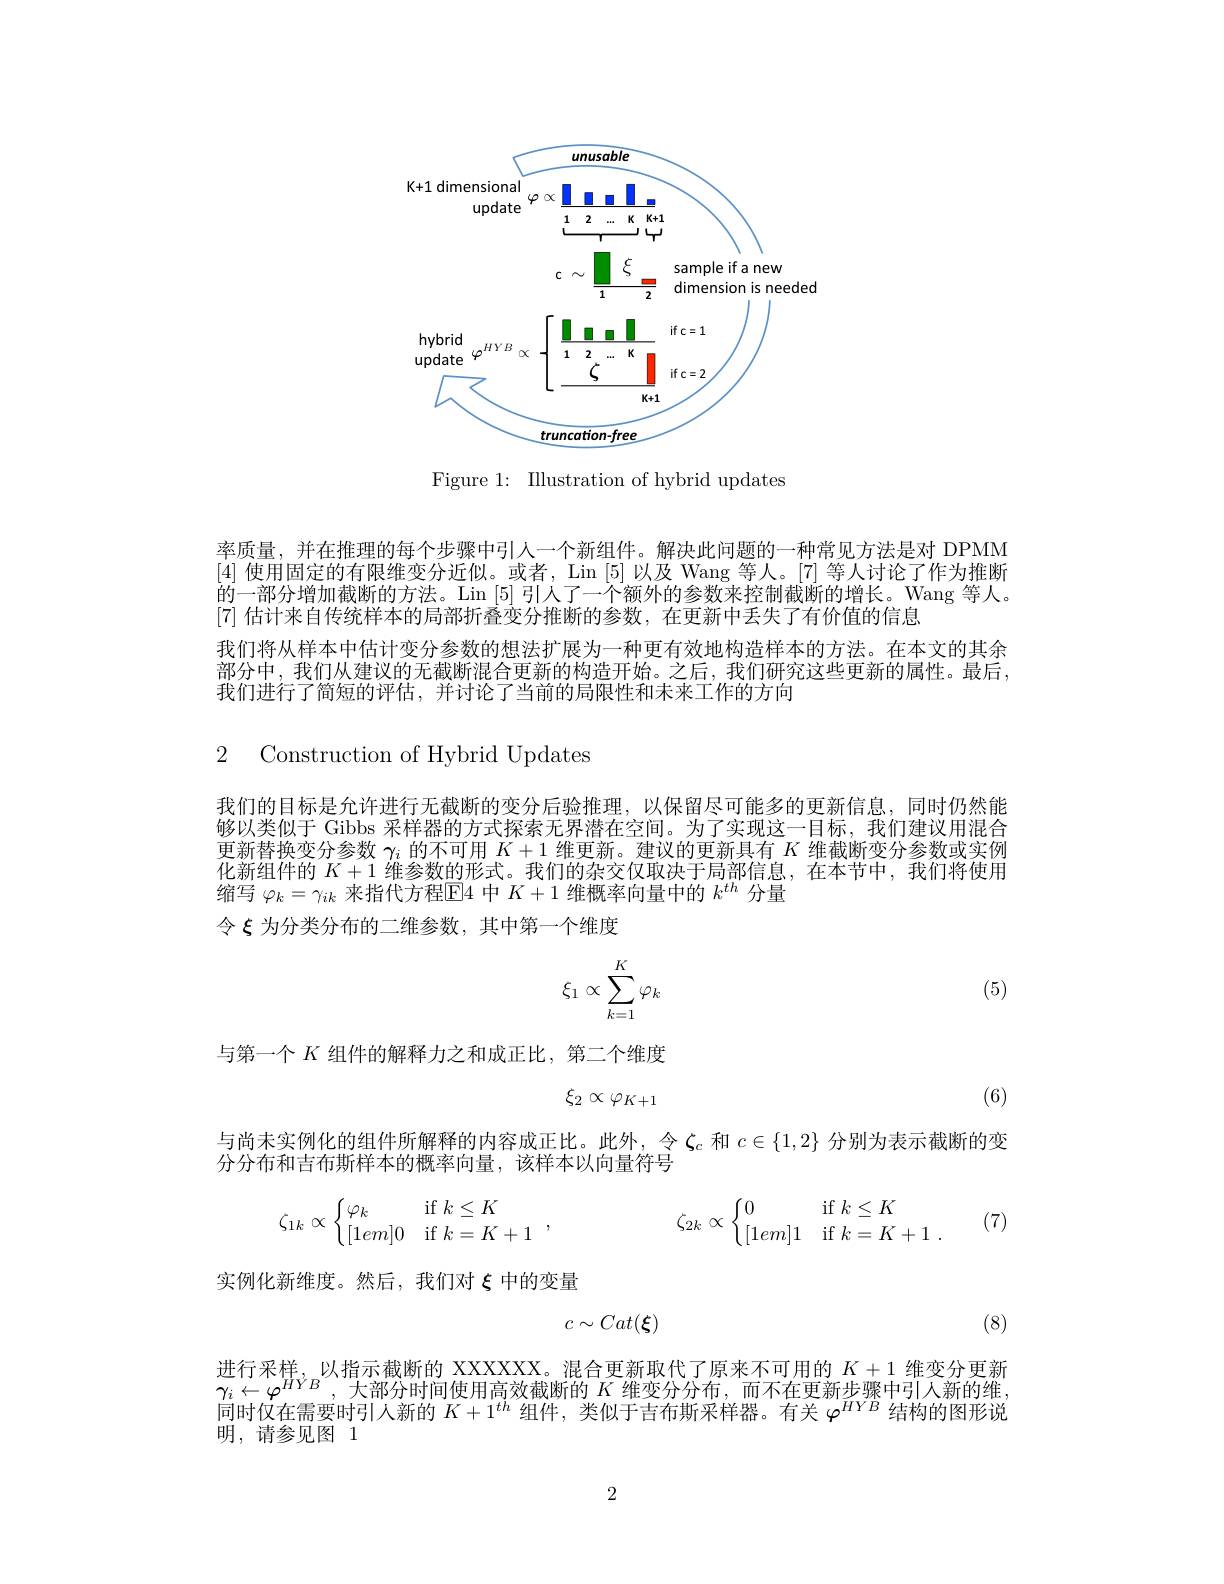
<FigureHere>

Figure 1: Illustration of hybrid updates

率质量，并在推理的每个步骤中引人一个新组件。解决此问题的一种常见方法是对 DPMM [4]使用固定的有限维变分近似。或者，Lin [5]以及 Wang 等人。[7] 等人讨论了作为推断的一部分增加截断的方法。Lin [5] 引人了一个额外的参数来控制截断的增长。Wang 等人。[7]估计来自传统样本的局部折叠变分推断的参数，在更新中丢失了有价值的信息
我们将从样本中估计变分参数的想法扩展为一种更有效地构造样本的方法。在本文的其余部分中，我们从建议的无截断混合更新的构造开始。之后，我们研究这些更新的属性。最后， 我们进行了简短的评估，并讨论了当前的局限性和未来工作的方向

2 Construction of Hybrid Updates

我们的目标是允许进行无截断的变分后验推理，以保留尽可能多的更新信息，同时仍然能够以类似于 Gibbs 采样器的方式探索无界潜在空间。为了实现这一目标，我们建议用混合更新替换变分参数$\gamma_i$的不可用$K+1$维更新。建议的更新具有$K$维截断变分参数或实例化新组件的$K+1$维参数的形式。我们的杂交仅取决于局部信息，在本节中，我们将使用缩写$\varphi_k=\gamma_{ik}$来指代方程$\overline\text{E4 中 }K+1$维概率向量中的$k^th$分量
令$\xi$为分类分布的二维参数，其中第一个维度
$$\xi_1\propto\sum_{k=1}^K\varphi_k$$
(5)

与第一个$K$组件的解释力之和成正比，第二个维度
$$\xi_2\propto\varphi_{K+1}$$
(6)

与尚未实例化的组件所解释的内容成正比。此外，令$\zeta_c$和$c\in\{1,2\}$分别为表示截断的变
分分布和吉布斯样本的概率向量，该样本以向量符号
$$\zeta_{1k}\propto\left\{\begin{matrix}\varphi_k&\text{if}\:k\leq K\\[1em]0&\text{if}\:k=K+1\end{matrix}\right.,\quad\zeta_{2k}\propto\left\{\begin{matrix}0&\text{if}\:k\leq K\\[1em]1&\text{if}\:k=K+1\end{matrix}\right..$$
(7)

实例化新维度。然后，我们对$\xi$中的变量
$$c\sim Cat(\xi)$$
(8)

进行采样，以指示截断的 XXXXXX。混合更新取代了原来不可用的$K+1$维变分更新$\gamma_i\leftarrow\varphi^{HYB}$。大部分时间使用高效截断的$K$维变分分布，而不在更新步骤中引人新的维， 同时仅在需要时引入新的$K+1^th$组件，类似于吉布斯采样器。有关$\varphi^HYB$结构的图形说明，请参见图 1

2